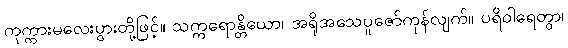
ကုက္ကားမလေးပွားတို့ဖြင့်။ သက္ကရောန္တိယော၊ အရိုအသေပူဇော်ကုန်လျက်။ ပရိဝါရေတွာ၊